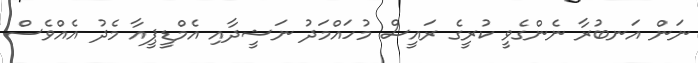
ނަން އަނބުރާ ނެންގެވީ ކުރީގެ ރައީސް މުހައްމަދު ނަޝީދާއި އެމްޑީޕީއާ މެދު އެއްވެސް